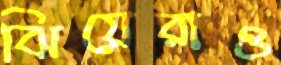
ঝিয়েরাও